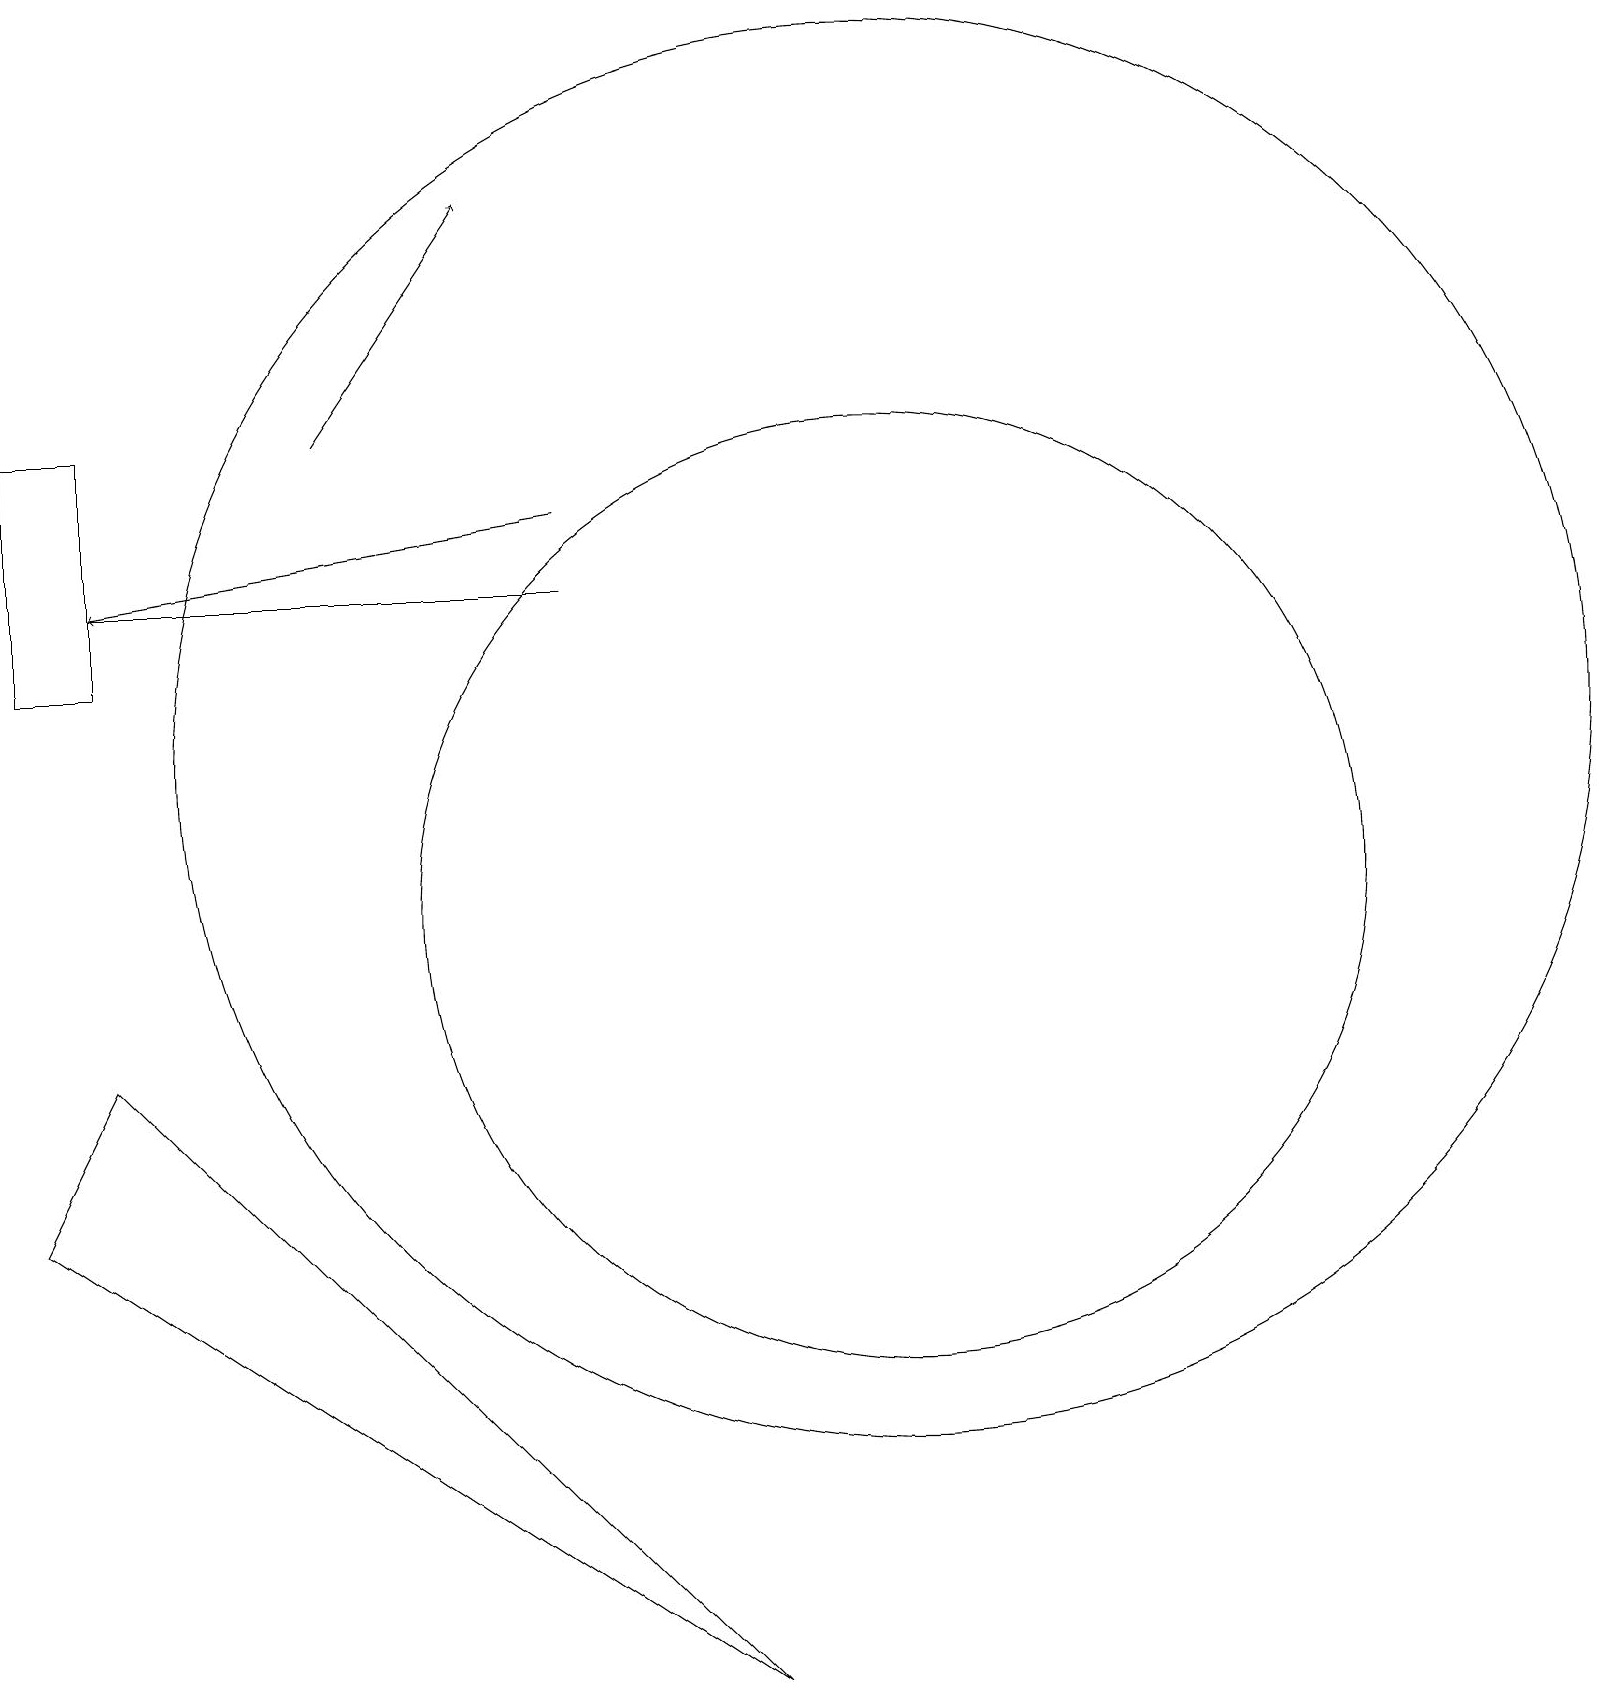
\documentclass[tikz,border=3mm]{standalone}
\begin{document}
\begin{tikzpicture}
\draw[->] (4,16) -- (6,19);
\draw (0,13) rectangle (1,16);
\draw (1,14) rectangle (7,14);
\draw (0,6) -- (9,0) -- (1,8) -- cycle;
\draw (11,10) circle (6);
\draw (11,12) circle (9);
\draw[->] (7,15) -- (1,14);
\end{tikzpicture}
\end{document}